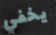
يخفي